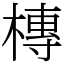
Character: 槫